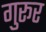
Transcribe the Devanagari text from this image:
गुरूर